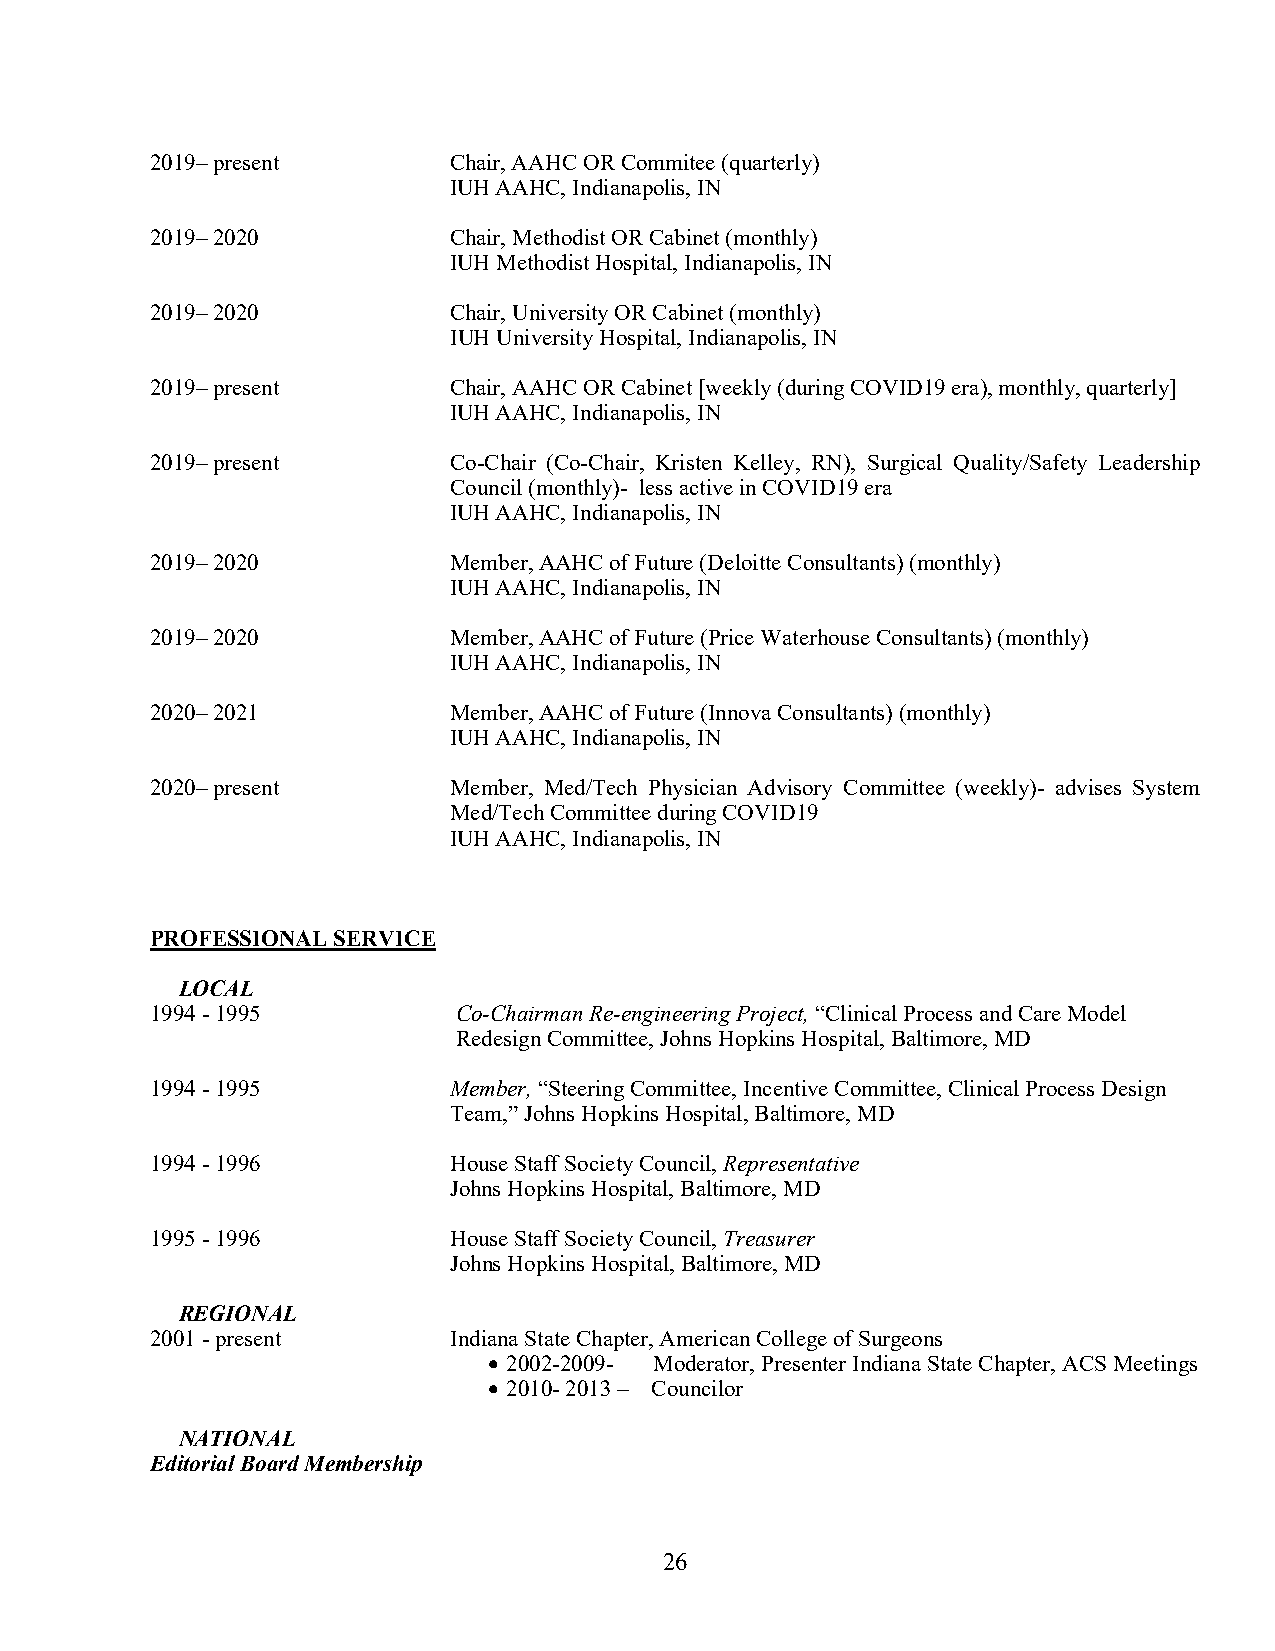
2019– present       Chair, AAHC OR Commitee (quarterly)
 IUH AAHC, Indianapolis, IN
 2019– 2020          Chair, Methodist OR Cabinet (monthly)
 IUH Methodist Hospital, Indianapolis, IN
 2019– 2020          Chair, University OR Cabinet (monthly)
 IUH University Hospital, Indianapolis, IN
 2019– present       Chair, AAHC OR Cabinet [weekly (during COVID19 era), monthly, quarterly]
 IUH AAHC, Indianapolis, IN
 2019– present       Co-Chair (Co-Chair, Kristen Kelley, RN), Surgical Quality/Safety Leadership
 Council (monthly)- less active in COVID19 era
 IUH AAHC, Indianapolis, IN
 2019– 2020          Member, AAHC of Future (Deloitte Consultants) (monthly)
 IUH AAHC, Indianapolis, IN
 2019– 2020          Member, AAHC of Future (Price Waterhouse Consultants) (monthly)
 IUH AAHC, Indianapolis, IN
 2020– 2021          Member, AAHC of Future (Innova Consultants) (monthly)
 IUH AAHC, Indianapolis, IN
 2020– present       Member, Med/Tech Physician Advisory Committee (weekly)- advises System
 Med/Tech Committee during COVID19
 IUH AAHC, Indianapolis, IN
 PROFESSIONAL SERVICE
 LOCAL
 1994 - 1995         Co-Chairman Re-engineering Project, “Clinical Process and Care Model
 Redesign Committee, Johns Hopkins Hospital, Baltimore, MD
 1994 - 1995         Member, “Steering Committee, Incentive Committee, Clinical Process Design
 Team,” Johns Hopkins Hospital, Baltimore, MD
 1994 - 1996         House Staff Society Council, Representative
 Johns Hopkins Hospital, Baltimore, MD
 1995 - 1996         House Staff Society Council, Treasurer
 Johns Hopkins Hospital, Baltimore, MD
 REGIONAL
 2001 - present      Indiana State Chapter, American College of Surgeons
 • 2002-2009- Moderator, Presenter Indiana State Chapter, ACS Meetings
 • 2010- 2013 – Councilor
 NATIONAL
 Editorial Board Membership
 26